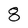
Character: 8